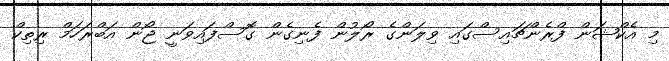
މި އެކްޝަން ފްރެންޗައިސްގައި ވިލަންގެ ރޯލުން ފެނިގެން ގޮސްފައިވަނީ ޖޯން އަބްރަހަމް ރިތިކް